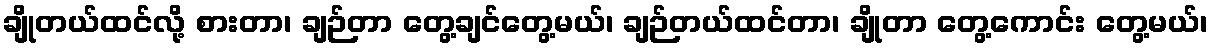
ချိုတယ်ထင်လို့ စားတာ၊ ချဉ်တာ တွေ့ချင်တွေ့မယ်၊ ချဉ်တယ်ထင်တာ၊ ချိုတာ တွေ့ကောင်း တွေ့မယ်၊